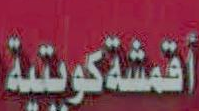
أقمشةكويتية